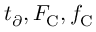
t _ { \partial } , F _ { \mathrm { C } } , f _ { \mathrm { C } }